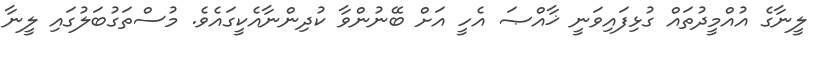
ލީނާގެ އުއްމީދުތައް ގުޅިފައިވަނީ ޚާއްޞަ އެހީ އަށް ބޭނުންވާ ކުދިންނާއެކީގައެވެ. މުސްތަގުބަލުގައި ލީނާ